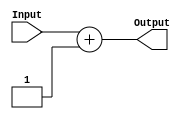
module increment #(parameter n = 5)
(
	input [n-1:0]Input,
	output [n-1:0]Output
);

wire [n-1:0]product;

assign product = Input + 1;
assign Output = product;

endmodule